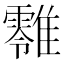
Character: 𩁎